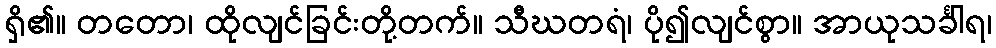
ရှိ၏။ တတော၊ ထိုလျင်ခြင်းတို့တက်။ သီဃတရံ၊ ပို၍လျင်စွာ။ အာယုသင်္ခါရ၊